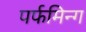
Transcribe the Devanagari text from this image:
पर्फमिन्ग